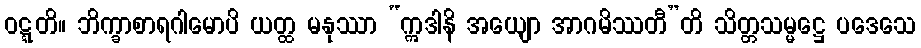
ဝဋ္ဋတိ။ ဘိက္ခာစာရဂါမောပိ ယတ္ထ မနုဿာ “ဣဒါနိ အယျော အာဂမိဿတီ”တိ သိတ္တသမ္မဋ္ဌေ ပဒေသေ